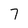
Character: 7